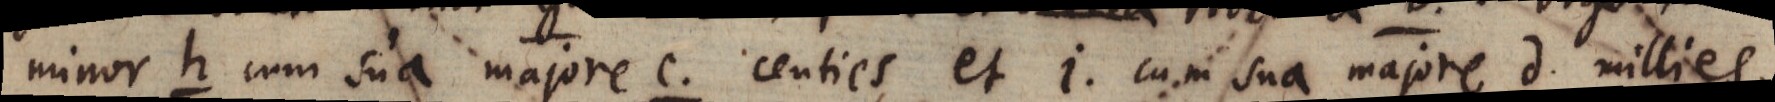
minor h cum sua majore c centies et i cum sua majore d millies,